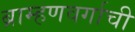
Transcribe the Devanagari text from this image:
ब्राम्हणवर्गाची